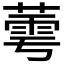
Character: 𬝷